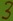
Text: 3